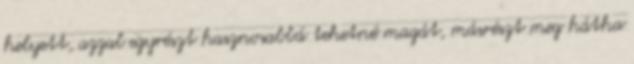
helyett, azzal egyrészt hasznosabbá tehetné magát, másrészt meg hátha